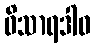
ဝိသာရဒါဝ